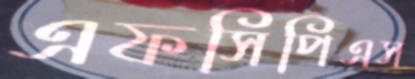
এফসিপিএস